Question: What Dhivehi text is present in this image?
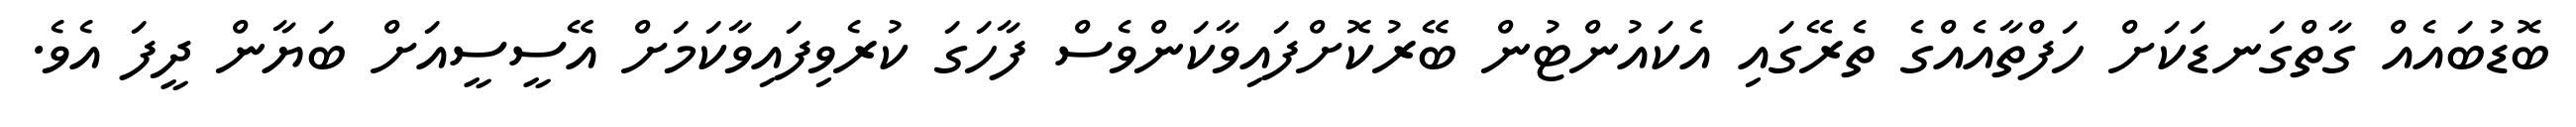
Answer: ބޮޑުބައެއް ގާތްގަނޑަކަށް ހަފްތާއެއްގެ ތެރޭގައި އެކައުންޓުން ބޭރުކޮށްފައިވާކަންވެސް ފާހަގަ ކުރެވިފައިވާކަމަށް އޭސީސީއަށް ބަޔާން ދީފަ އެވެ.